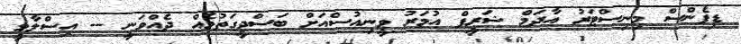
ޑިފެންސް މިނިސްޓަރު އާދަމް ޝަރީފް އުމަރު ވީނިއުސްއަށް ބަސްދީގަތުމެއް ދެއްވަނީ -- އިސްލާމީ